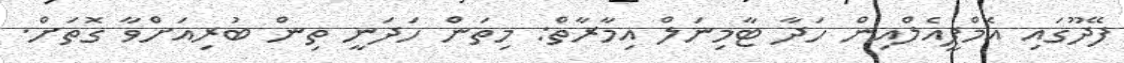
ފޭދޫގައި އެމްޕީއެލްއިން ހަދާ ޓާމިނަލް އިމާރާތް: މިތަން ހަދަނީ ތިން ބުރިއަށްވާ ގޮތަށް.